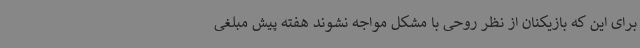
برای این که بازیکنان از نظر روحی با مشکل مواجه نشوند هفته پیش مبلغی